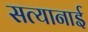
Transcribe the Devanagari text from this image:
सत्यानाई